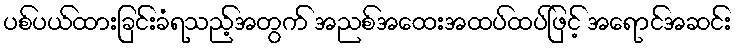
ပစ်ပယ်ထားခြင်းခံရသည့်အတွက် အညစ်အထေးအထပ်ထပ်ဖြင့် အရောင်အဆင်း